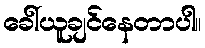
ခေါ်ယူချင်နေတာပါ။